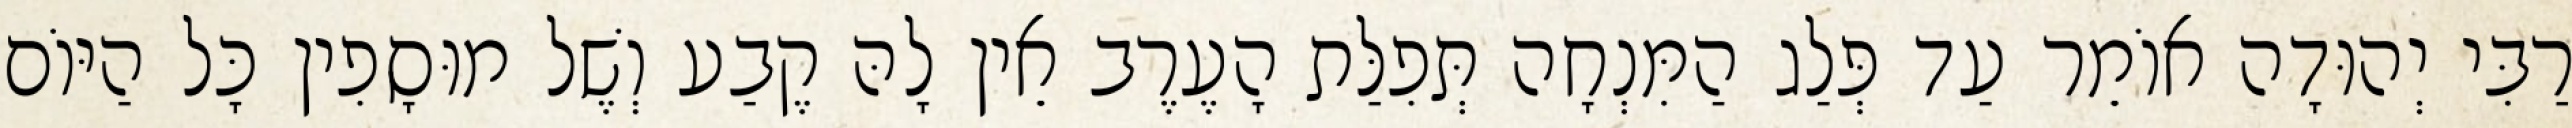
רַבִּי יְהוּדָה אוֹמֵר עַד פְּלַג הַמִּנְחָה תְּפִלַּת הָעֶרֶב אֵין לָהּ קֶבַע וְשֶׁל מוּסָפִין כָּל הַיּוֹם